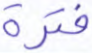
فترة